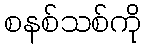
စနစ်သစ်ကို